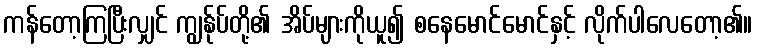
ကန်တော့ကြပြီးလျှင် ကျွန်ုပ်တို့၏ အိပ်များကိုယူ၍ စနေမောင်မောင်နှင့် လိုက်ပါလေတော့၏။